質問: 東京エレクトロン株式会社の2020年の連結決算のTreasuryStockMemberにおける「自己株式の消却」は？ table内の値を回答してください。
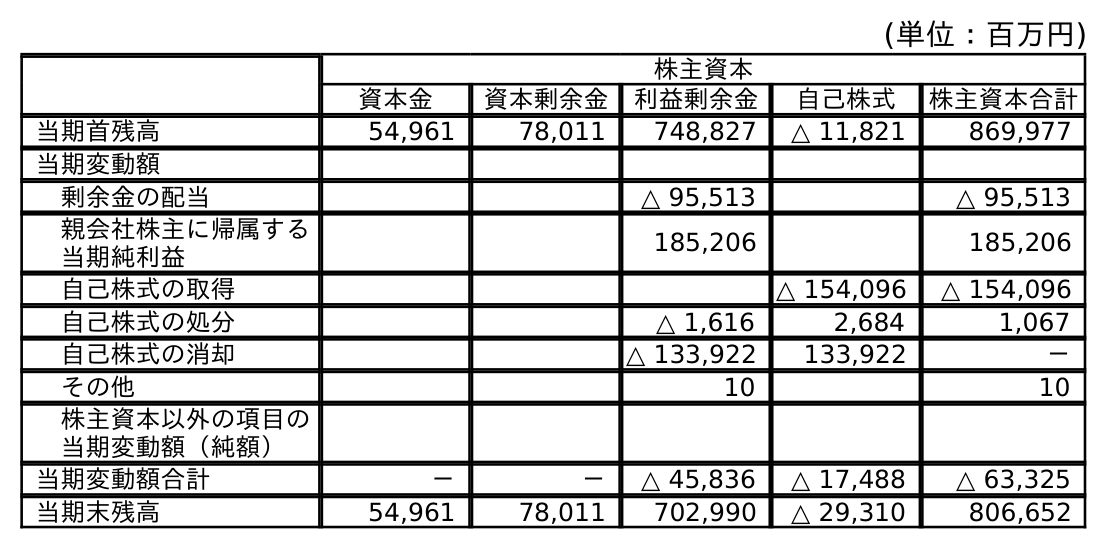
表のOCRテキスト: (単位：百万円) 株主資本 資本金 資本剰余金 利益剰余金 自己株式 株主資本合計 当期首残高 54,961 78,011 748,827 △ 11,821 869,977 当期変動額 剰余金の配当 △ 95,513 △ 95,513 親会社株主に帰属する 当期純利益 185,206 185,206 自己株式の取得 △ 154,096 △ 154,096 自己株式の処分 △ 1,616 2,684 1,067 自己株式の消却 △ 133,922 133,922 － その他 10 10 株主資本以外の項目の 当期変動額（純額） 当期変動額合計 － － △ 45,836 △ 17,488 △ 63,325 当期末残高 54,961 78,011 702,990 △ 29,310 806,652
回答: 133,922